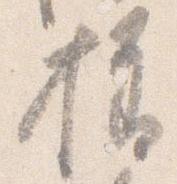
様